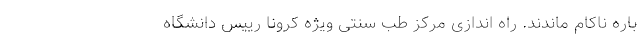
باره ناکام ماندند. راه اندازی مرکز طب سنتی ویژه کرونا رییس دانشگاه